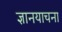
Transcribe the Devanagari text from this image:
ज्ञानयाचना